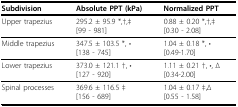
<table><thead><tr><td><b>Subdivision</b></td><td><b>Absolute PPT (kPa)</b></td><td><b>Normalized PPT</b></td></tr></thead><tbody><tr><td>Upper trapezius</td><td>295.2 ± 95.9 *,†,‡[99 - 981]</td><td>0.88 ± 0.20 *,†,‡[0.30 - 2.08]</td></tr><tr><td>Middle trapezius</td><td>347.5 ± 103.5 *, •[138 - 745]</td><td>1.04 ± 0.18 *, •[0.49-1.70]</td></tr><tr><td>Lower trapezius</td><td>373.0 ± 121.1 †, •[127 - 920]</td><td>1.11 ± 0.21 †, •, Δ[0.34-2.00]</td></tr><tr><td>Spinal processes</td><td>369.6 ± 116.5 ‡[156 - 689]</td><td>1.04 ± 0.17 ‡,Δ[0.55 - 1.58]</td></tr></tbody></table>